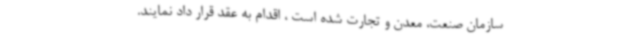
سازمان صنعت، معدن و تجارت شده است ، اقدام به عقد قرار داد نمایند.